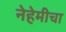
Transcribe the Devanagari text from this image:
नेहेमीचा